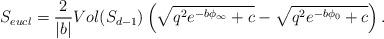
LaTeX: \begin{align*}S_{eucl}={2\over |b|} Vol(S_{d-1})\left(\sqrt{q^2 e^{-b\phi_\infty}+c}- \sqrt{q^2 e^{-b\phi_0}+c}\right) . \end{align*}